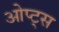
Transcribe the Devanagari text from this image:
ओप्ट्स